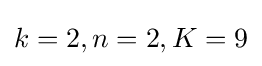
k=2,n=2,K=9